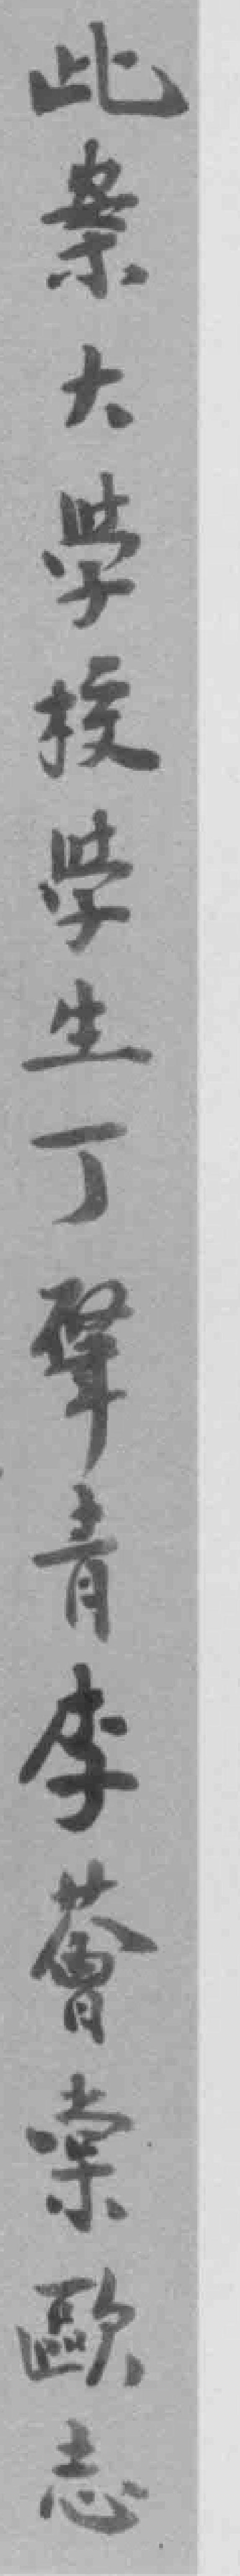
此案大學校学生丁肇青李薈棠歐志